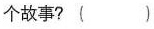
个故事？()